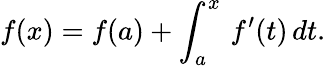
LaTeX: f(x)=f(a)+\int_{a}^{x}\, f^{\prime}(t)\, dt.